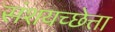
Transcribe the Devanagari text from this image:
संशयच्छेत्ता